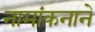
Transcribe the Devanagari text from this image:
नामांकनाने